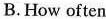
B. How often